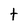
Character: t